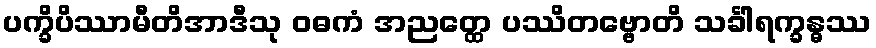
ပက္ခိပိဿာမီတိအာဒီသု ဝဓကံ အညတ္ထေ ပဿိတဗ္ဗောတိ သင်္ခါရက္ခန္ဓဿ